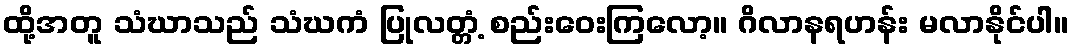
ထို့အတူ သံဃာသည် သံဃကံ ပြုလတ္တံ့ စည်းဝေးကြလော့။ ဂိလာနရဟန်း မလာနိုင်ပါ။